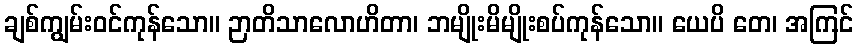
ချစ်ကျွမ်းဝင်ကုန်သော။ ဉာတိသာလောဟိတာ၊ ဘမျိုးမိမျိုးစပ်ကုန်သော။ ယေပိ တေ၊ အကြင်